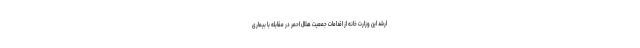
ارشد این وزارت خانه از اقدامات جمعیت هلال احمر در مقابله با بیماری